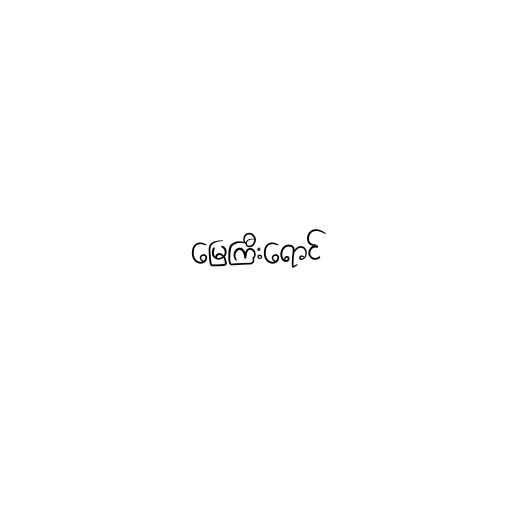
မြေကြီးရောင်